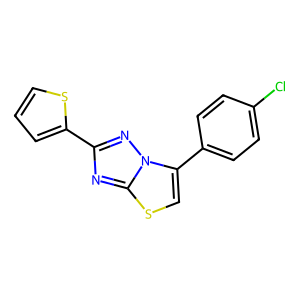
SMILES: Clc1ccc(-c2csc3nc(-c4cccs4)nn23)cc1
Inhibits HIV replication: No